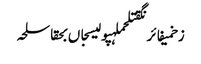
زخمیفائرنگقتلحملہپولیسجاں بحقاسلحہ